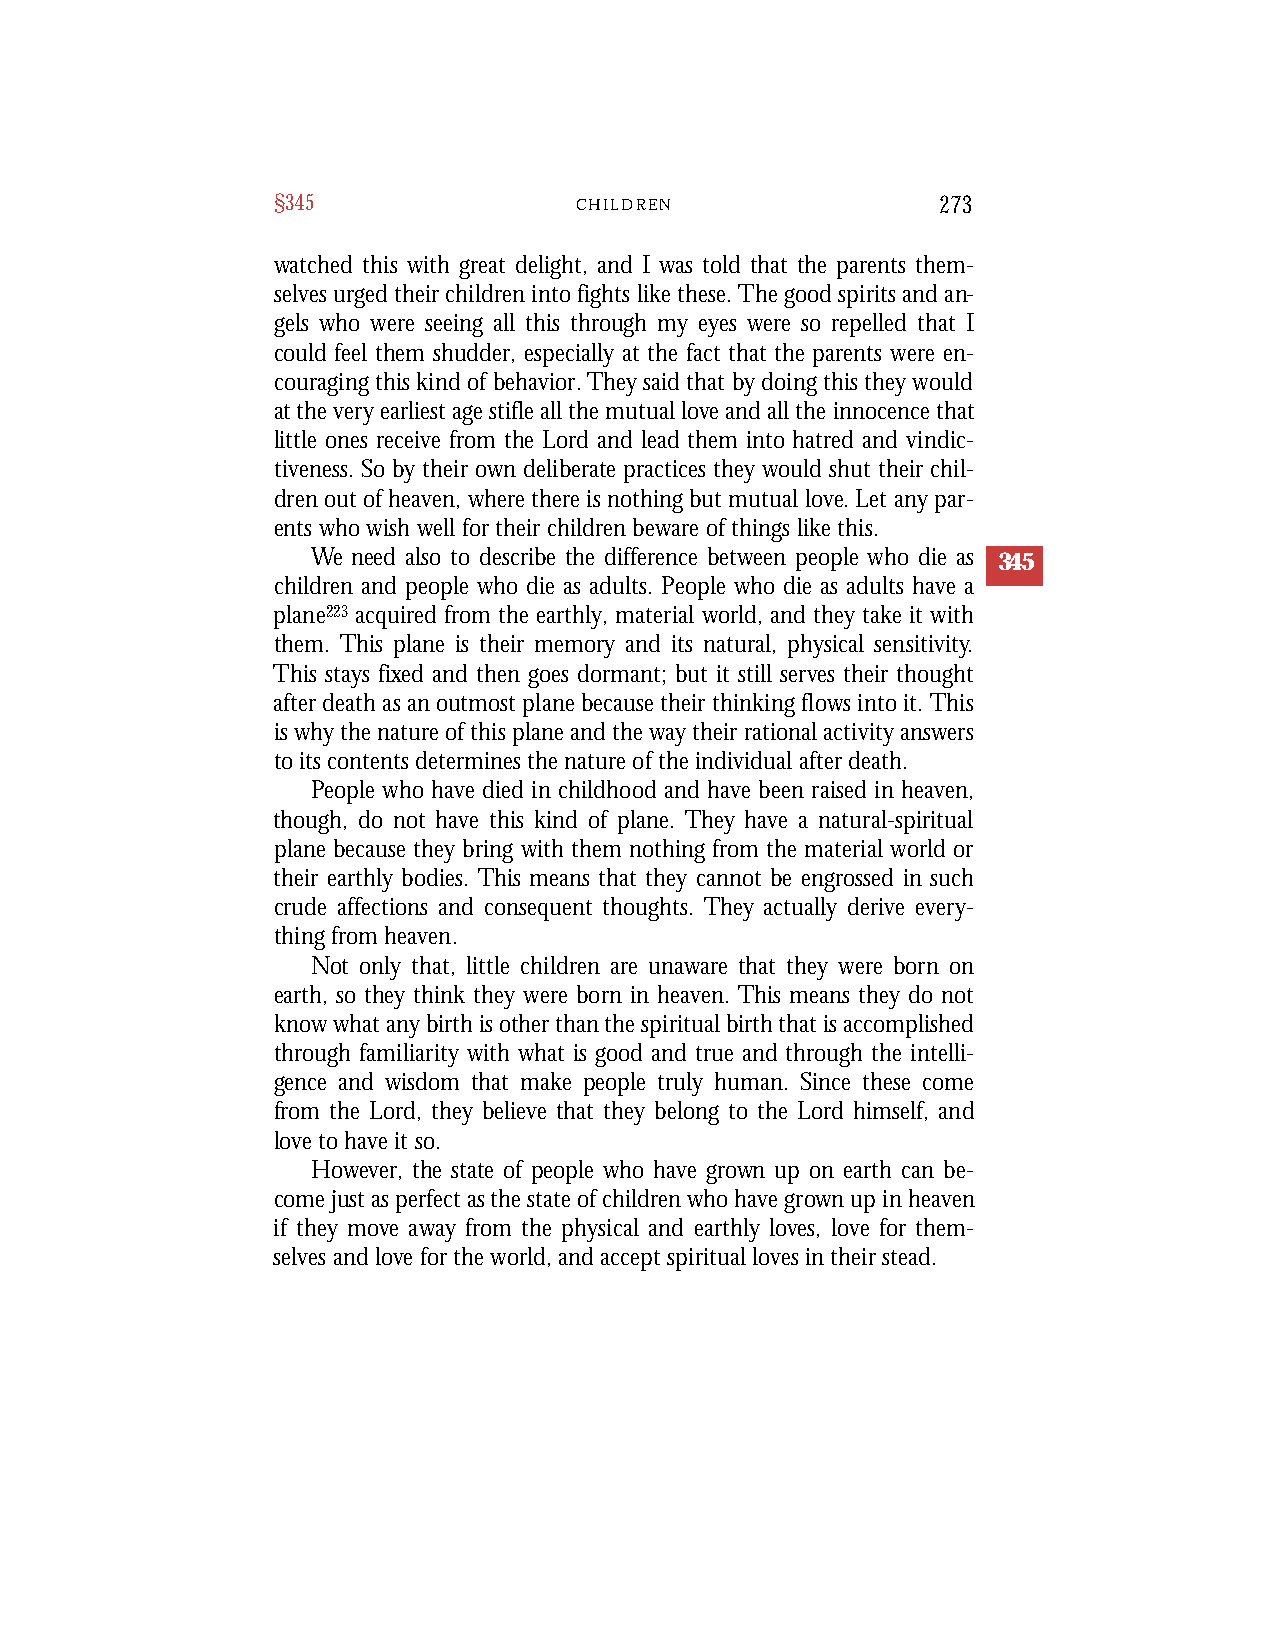
§345                C H I L D R E N         273
 watched this with great delight, and I was told that the parents them-
 selves urged their children into fights like these. The good spirits and an-
 gels who were seeing all this through my eyes were so repelled that I
 could feel them shudder, especially at the fact that the parents were en-
 couraging this kind of behavior.They said that by doing this they would
 at the very earliest age stifle all the mutual love and all the innocence that
 little ones receive from the Lord and lead them into hatred and vindic-
 tiveness. So by their own deliberate practices they would shut their chil-
 dren out of heaven, where there is nothing but mutual love. Let any par-
 ents who wish well for their children beware of things like this.
 We need also to describe the difference between people who die as 345
 children and people who die as adults. People who die as adults have a
 plane223 acquired from the earthly, material world, and they take it with
 them. This plane is their memory and its natural, physical sensitivity.
 This stays fixed and then goes dormant; but it still serves their thought
 after death as an outmost plane because their thinking flows into it. This
 is why the nature of this plane and the way their rational activity answers
 to its contents determines the nature of the individual after death.
 People who have died in childhood and have been raised in heaven,
 though, do not have this kind of plane. They have a natural-spiritual
 plane because they bring with them nothing from the material world or
 their earthly bodies. This means that they cannot be engrossed in such
 crude affections and consequent thoughts. They actually derive every-
 thing from heaven.
 Not only that, little children are unaware that they were born on
 earth, so they think they were born in heaven. This means they do not
 know what any birth is other than the spiritual birth that is accomplished
 through familiarity with what is good and true and through the intelli-
 gence and wisdom that make people truly human. Since these come
 from the Lord, they believe that they belong to the Lord himself, and
 love to have it so.
 However, the state of people who have grown up on earth can be-
 come just as perfect as the state of children who have grown up in heaven
 if they move away from the physical and earthly loves, love for them-
 selves and love for the world, and accept spiritual loves in their stead.